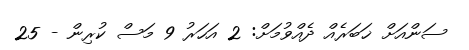
ސަންއަށް ޚަބަރެއް ދެއްވުމަށް: 2 އަހަރު 9 މަސް ކުރިން - 25